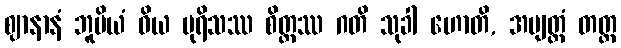
ဈာနာနံ ဘူမိယံ ဝိယ ပုရိသဿ စိတ္တဿ ဂတိ သုခါ ဟောတိ, အဗျတ္တံ တတ္ထ